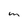
Character: m